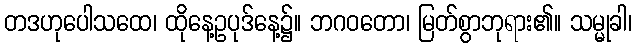
တဒဟုပေါသထေ၊ ထိုနေ့ဥပုဒ်နေ့၌။ ဘဂဝတော၊ မြတ်စွာဘုရား၏။ သမ္မုခါ၊